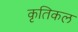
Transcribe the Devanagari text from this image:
कृतिकल